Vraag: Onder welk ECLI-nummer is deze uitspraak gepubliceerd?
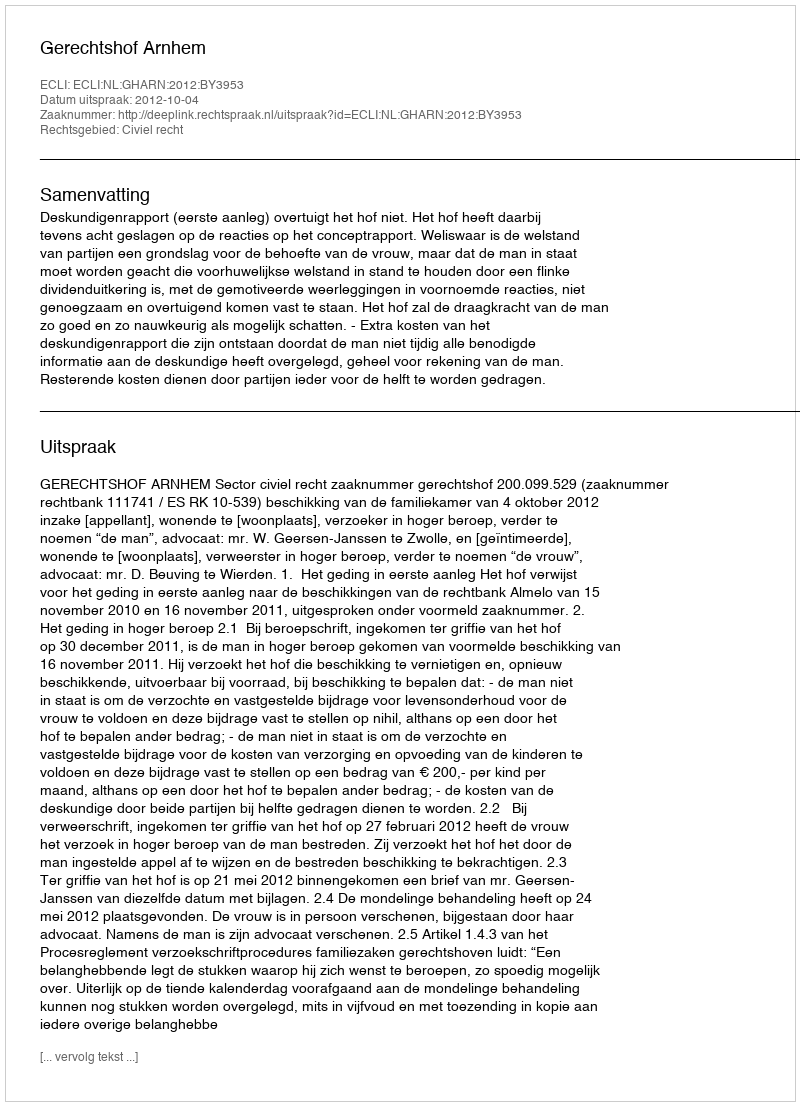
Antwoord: ECLI:NL:GHARN:2012:BY3953